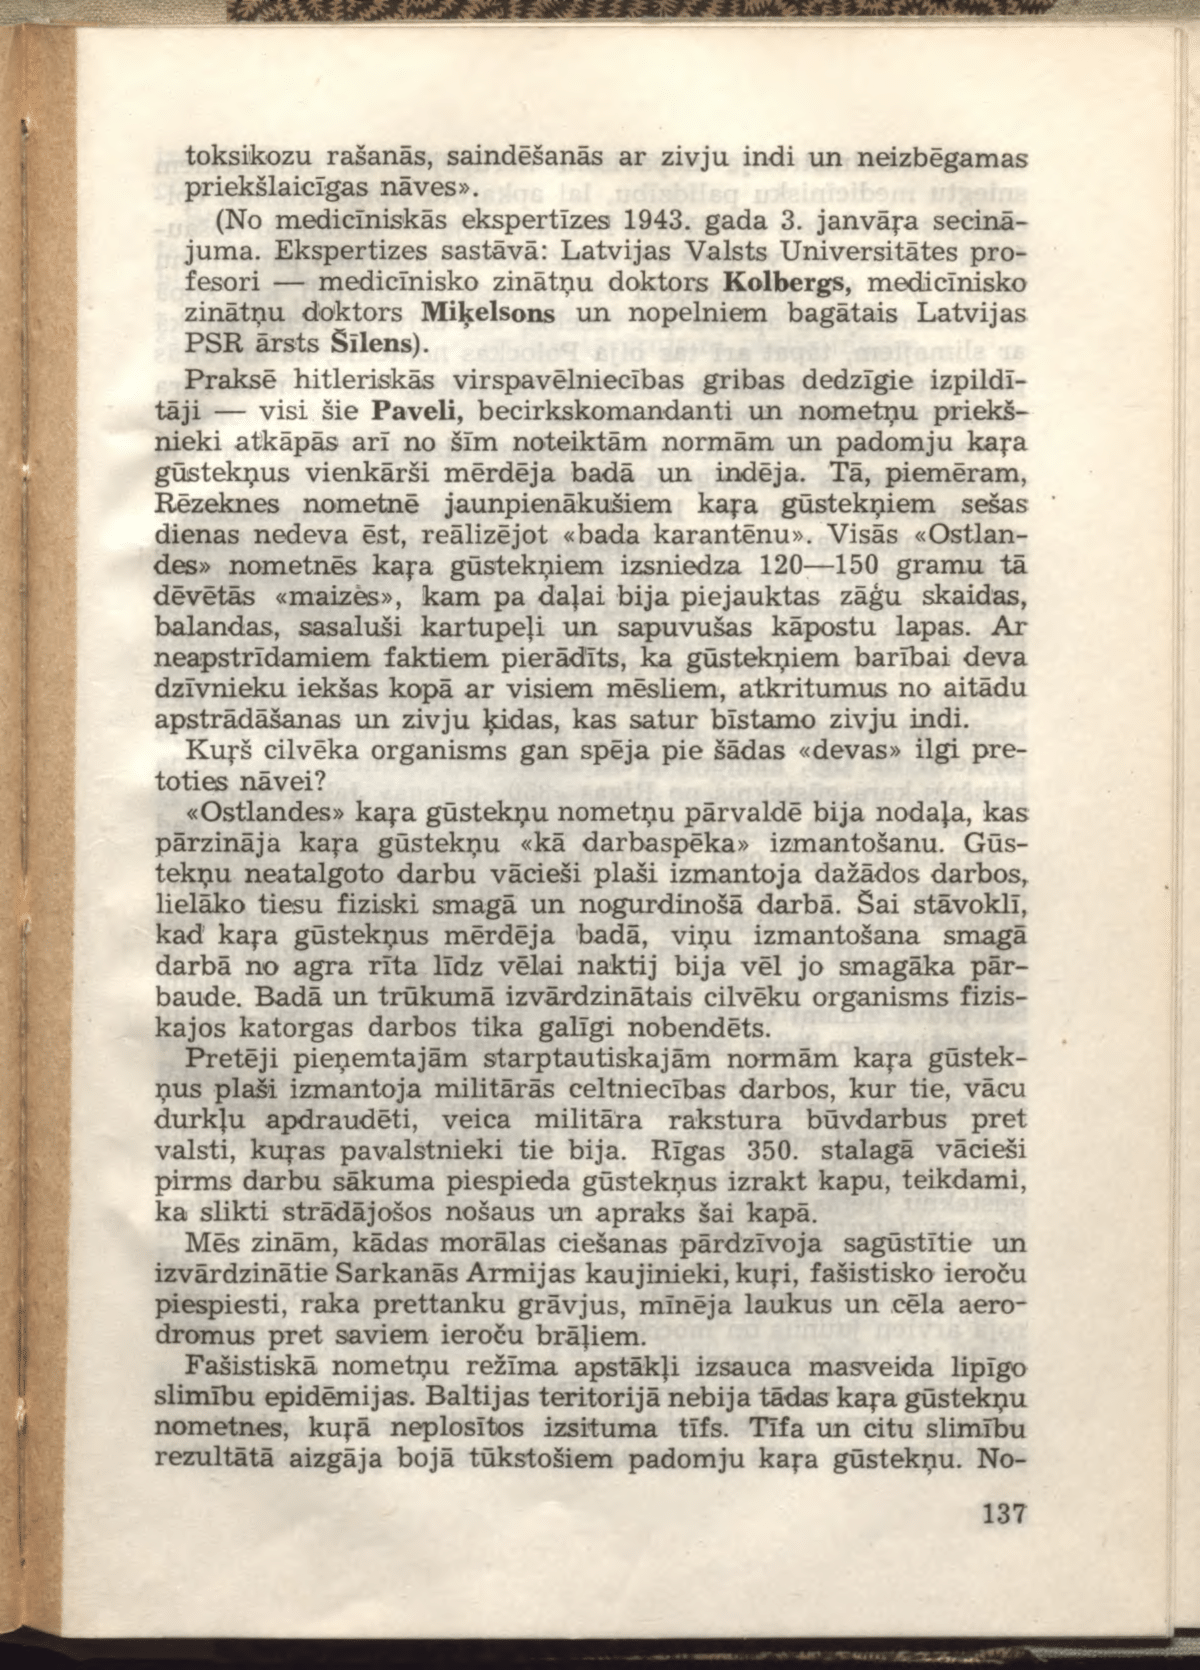
Language: lv